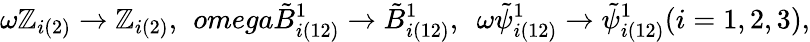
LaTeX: \omega\mathbb{Z}_{i(2)}\rightarrow\mathbb{Z}_{i(2)},\ \, omega\tilde{{B}}_{i(12)}^{1}\rightarrow\tilde{{B}}_{i(12)}^{1},\ \ \omega\tilde{{\psi}}_{i(12)}^{1}\rightarrow\tilde{{\psi}}_{i(12)}^{1}(i=1,2,3),